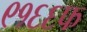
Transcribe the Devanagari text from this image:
९१६६फ